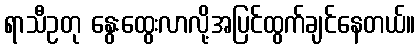
ရာသီဥတု နွေးထွေးလာလို့အပြင်ထွက်ချင်နေတယ်။